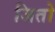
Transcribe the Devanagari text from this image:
जितो